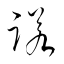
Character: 諾